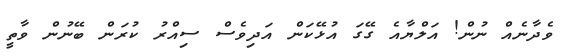
ވެދާނެއް ނުން! އަލްޔާއެ ގޭގަ އުޅޭކަން އަދިވެސް ސިއްރު ކުރަން ބޭނުން ވާތީ